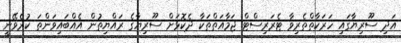
އަދި ސޫރިޔާގައި ހަރަކާތްތެރިވާ ޓެރަރިސްޓް ޖަމާއަތްތަކާ ދެކޮޅަށް ސޫރިޔާގެ ރައްޔިތުން އެއްބައިވަންތަ ކުރެވޭނީ